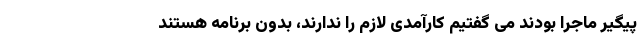
پیگیر ماجرا بودند می گفتیم کارآمدی لازم را ندارند، بدون برنامه هستند